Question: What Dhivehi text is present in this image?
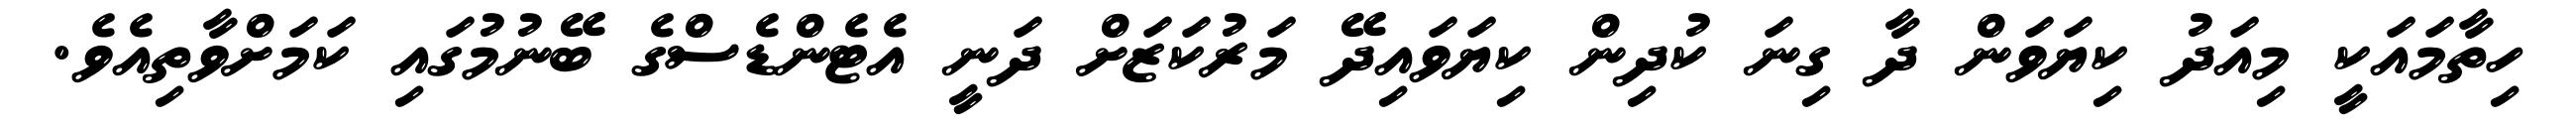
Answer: ހިތާމައަކީ މިއަދު ކިޔަވަން ދާ ގިނަ ކުދިން ކިޔަވައިދޭ މަރުކަޒަށް ދަނީ އެޓެންޑެސްގެ ބޭނުމުގައި ކަމަށްވާތިއެވެ.